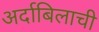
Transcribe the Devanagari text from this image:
अर्दाबिलाची